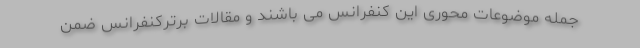
جمله موضوعات محوری این کنفرانس می باشند و مقالات برترکنفرانس ضمن